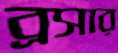
ব্রসার